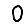
Digit: 0